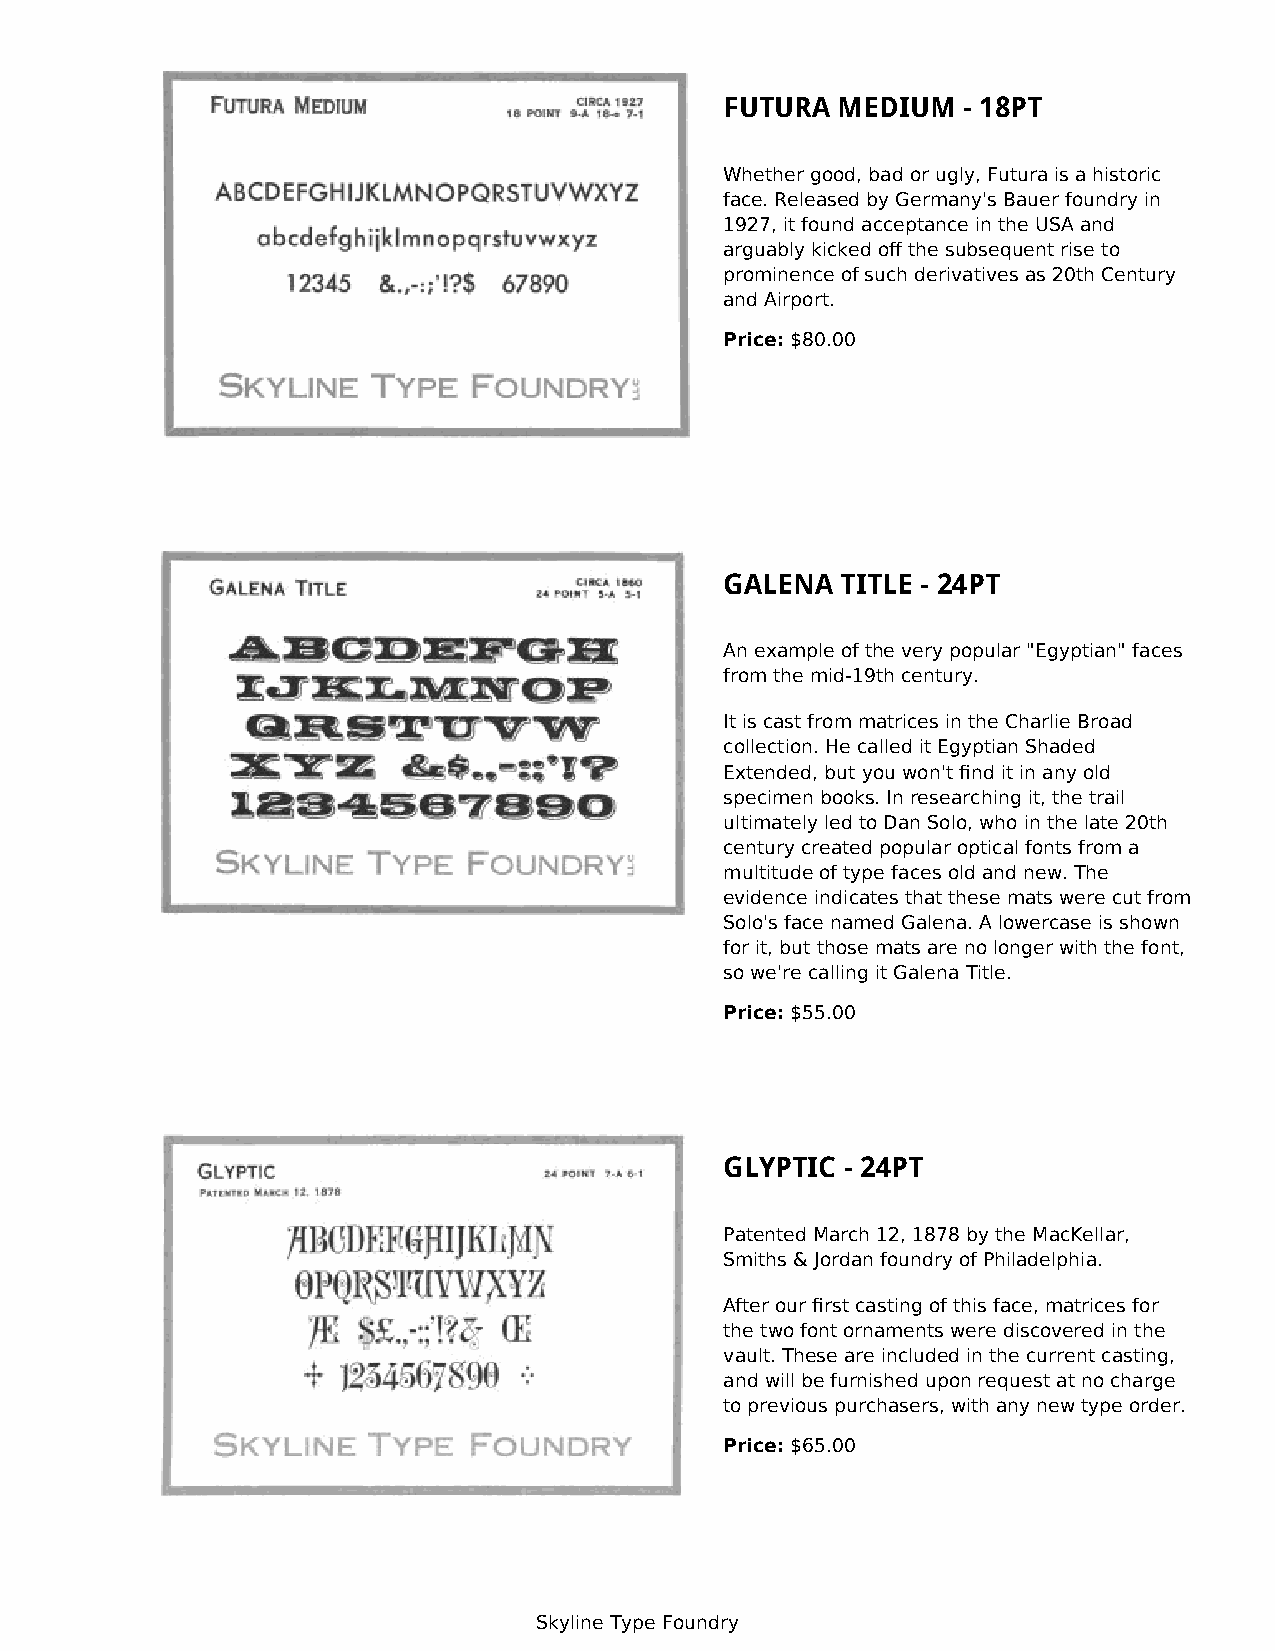
FUTURA MEDIUM   - 18PT
 Whether good, bad or ugly, Futura is a historic
 face. Released by Germany's Bauer foundry in
 1927, it found acceptance in the USA and
 arguably kicked off the subsequent rise to
 prominence of such derivatives as 20th Century
 and Airport.
 Price: $80.00
 GALENA  TITLE - 24PT
 An example of the very popular "Egyptian" faces
 from the mid-19th century.
 It is cast from matrices in the Charlie Broad
 collection. He called it Egyptian Shaded
 Extended, but you won't find it in any old
 specimen books. In researching it, the trail
 ultimately led to Dan Solo, who in the late 20th
 century created popular optical fonts from a
 multitude of type faces old and new. The
 evidence indicates that these mats were cut from
 Solo's face named Galena. A lowercase is shown
 for it, but those mats are no longer with the font,
 so we're calling it Galena Title.
 Price: $55.00
 GLYPTIC - 24PT
 Patented March 12, 1878 by the MacKellar,
 Smiths & Jordan foundry of Philadelphia.
 After our first casting of this face, matrices for
 the two font ornaments were discovered in the
 vault. These are included in the current casting,
 and will be furnished upon request at no charge
 to previous purchasers, with any new type order.
 Price: $65.00
 Skyline Type Foundry